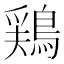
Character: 鶏